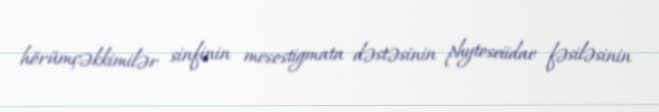
hörümçəkkimilər sinfinin mesostigmata dəstəsinin phytoseiidae fəsiləsinin